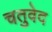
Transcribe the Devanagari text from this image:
चतुवेद